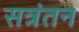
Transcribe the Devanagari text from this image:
सत्रंतन